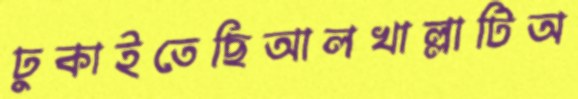
ঢুকাইতেছিআলখাল্লাটিঅ